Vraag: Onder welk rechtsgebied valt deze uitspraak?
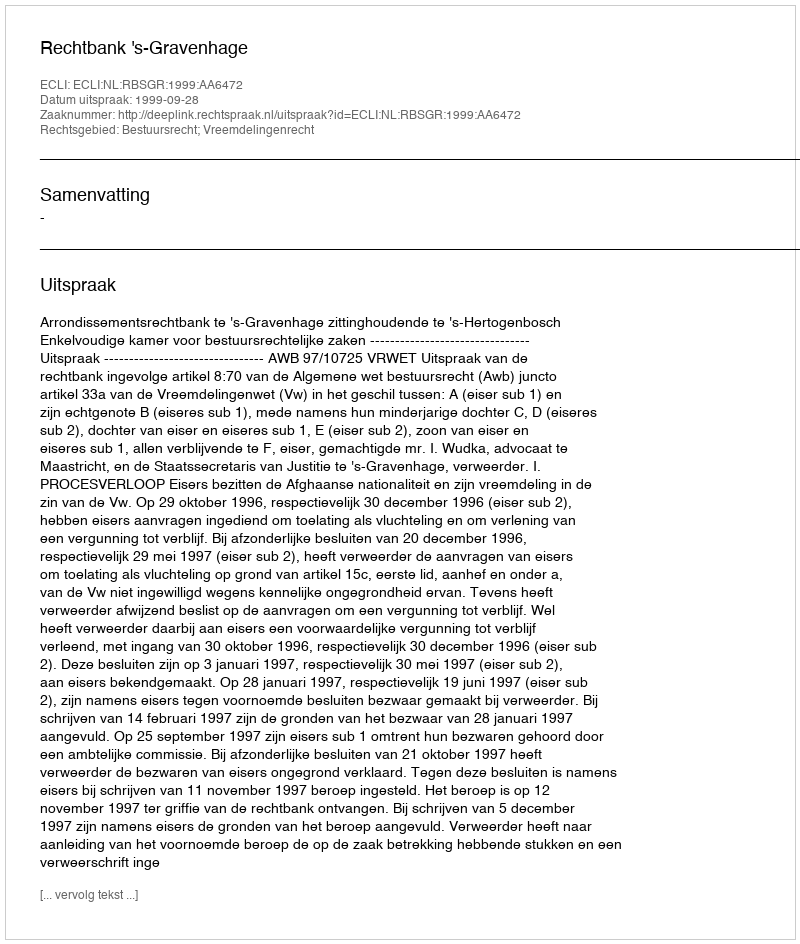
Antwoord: Bestuursrecht; Vreemdelingenrecht